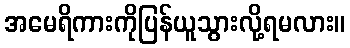
အမေရိကားကိုပြန်ယူသွားလို့ရမလား။